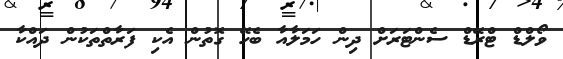
ވޯލްޑް ޓްރޭޑް ސެންޓަރަށް ދިން ހަމަލާއާ ބެހޭ ގޮތުން އެކި ފަރާތްތަކުން ދައްކާ